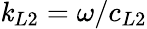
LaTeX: \mathit{k}_{L2}=\omega/c_{L2}